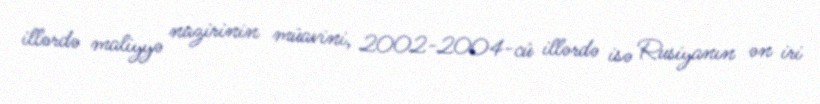
illərdə maliyyə nazirinin müavini, 2002-2004-cü illərdə isə Rusiyanın ən iri